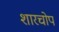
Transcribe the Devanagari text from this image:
शारचोप